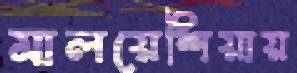
মালয়েশিয়ায়